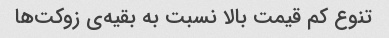
تنوع کم قیمت بالا نسبت به بقیه‌ی زوکت‌ها